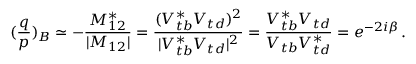
( \frac { q } { p } ) _ { B } \simeq - \frac { M _ { 1 2 } ^ { * } } { | M _ { 1 2 } | } = \frac { ( V _ { t b } ^ { * } V _ { t d } ) ^ { 2 } } { | V _ { t b } ^ { * } V _ { t d } | ^ { 2 } } = \frac { V _ { t b } ^ { * } V _ { t d } } { V _ { t b } V _ { t d } ^ { * } } = e ^ { - 2 i \beta } \, .